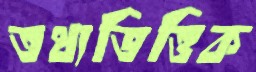
তথ্যভিত্তিক